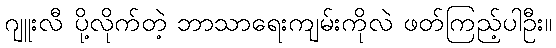
ဂျူးလီ ပို့လိုက်တဲ့ ဘာသာရေးကျမ်းကိုလဲ ဖတ်ကြည့်ပါဦး။